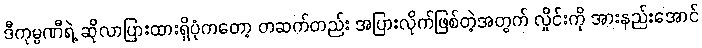
ဒီကုမ္ပဏီရဲ့ ဆိုလာပြားထားရှိပုံကတော့ တဆက်တည်း အပြားလိုက်ဖြစ်တဲ့အတွက် လှိုင်းကို အားနည်းအောင်